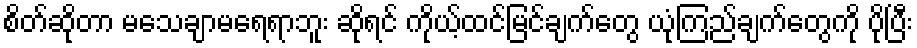
စိတ်ဆိုတာ မသေချာမရေရာဘူး ဆိုရင် ကိုယ့်ထင်မြင်ချက်တွေ ယုံကြည်ချက်တွေကို ပိုပြီး